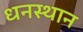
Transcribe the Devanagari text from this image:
धनस्थान